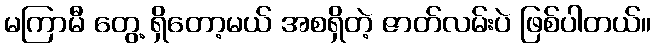
မကြာမီ တွေ့ ရှိတော့မယ် အစရှိတဲ့ ဇာတ်လမ်းပဲ ဖြစ်ပါတယ်။